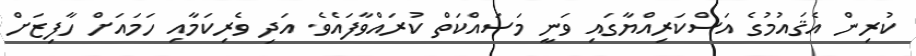
ކުރިން އެޤައުމުގެ އަސްކަރިއްޔާގައި ވަނީ މަސައްކަތް ކުރައްވާފައެވެ. އަދި ވެރިކަމާއި ހަމައަށް ހާފިޒަށް